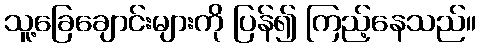
သူ့ခြေချောင်းများကို ပြန်၍ ကြည့်နေသည်။